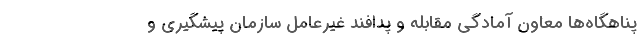
پناهگاه‌ها معاون آمادگی مقابله و پدافند غیرعامل سازمان پیشگیری و